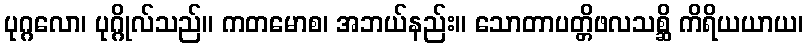
ပုဂ္ဂလော၊ ပုဂ္ဂိုလ်သည်။ ကတမောစ၊ အဘယ်နည်း။ သောတာပတ္တိဖလသစ္ဆိ ကိရိယယာယ၊